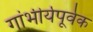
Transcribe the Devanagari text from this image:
गांभीर्यपूर्वक